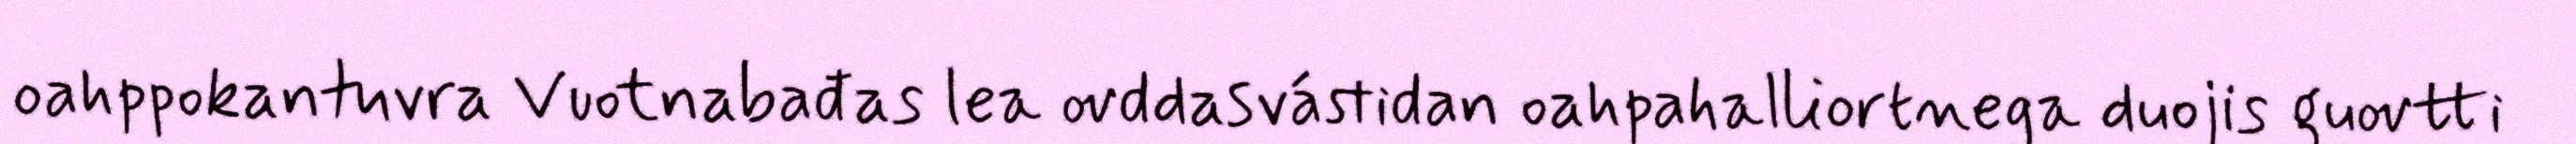
oahppokantuvra Vuotnabađas lea ovddasvástidan oahpahalliortnega duojis guovtti